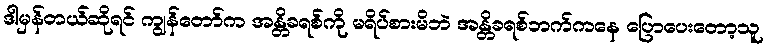
ဒါမှန်တယ်ဆိုရင် ကျွန်တော်က အန္တိခရစ်ကို မရိပ်စားမိဘဲ အန္တိခရစ်ဘက်ကနေ ပြောပေးတော့သူ